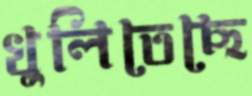
খুলিতেছে